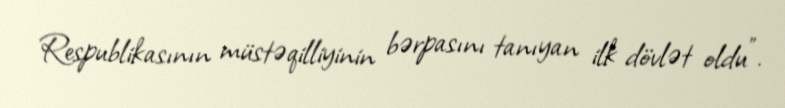
Respublikasının müstəqilliyinin bərpasını tanıyan ilk dövlət oldu".